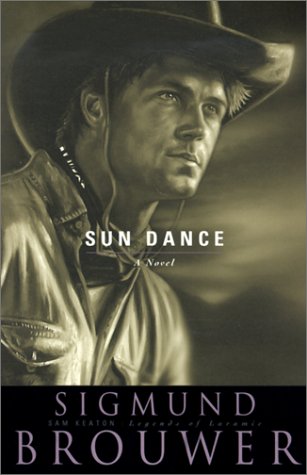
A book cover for Sun Dance (Sam Keaton: Legends of Laramie); Sigmund Brouwer; Religion & Spirituality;